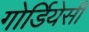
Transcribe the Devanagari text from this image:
गोर्डियेसी